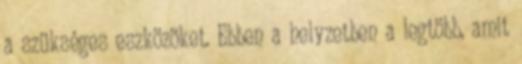
a szükséges eszközöket. Ebben a helyzetben a legtöbb, amit